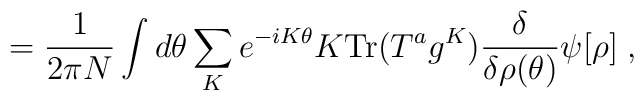
=\frac{1}{2\pi N}\int d\theta\sum_K e^{-iK\theta}K{\rm Tr}(T^ag^K)\frac{\delta}{\delta\rho(\theta)}\psi[\rho] \; ,